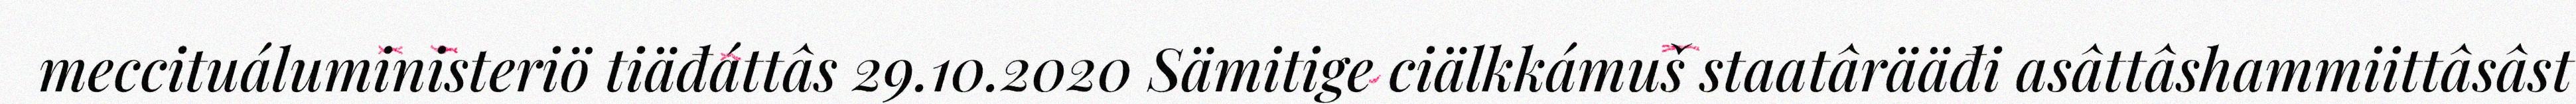
meccituáluministeriö tiäđáttâs 29.10.2020 Sämitige ciälkkámuš staatârääđi asâttâshammiittâsâst